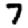
Digit: 7